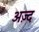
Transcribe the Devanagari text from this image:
अज़्द